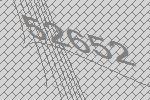
52652